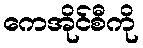
ကေအိုင်စီကို